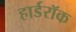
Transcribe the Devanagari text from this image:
हार्डरॉक